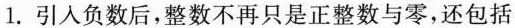
1. 引入负数后，整数不再只是正整数与零，还包括